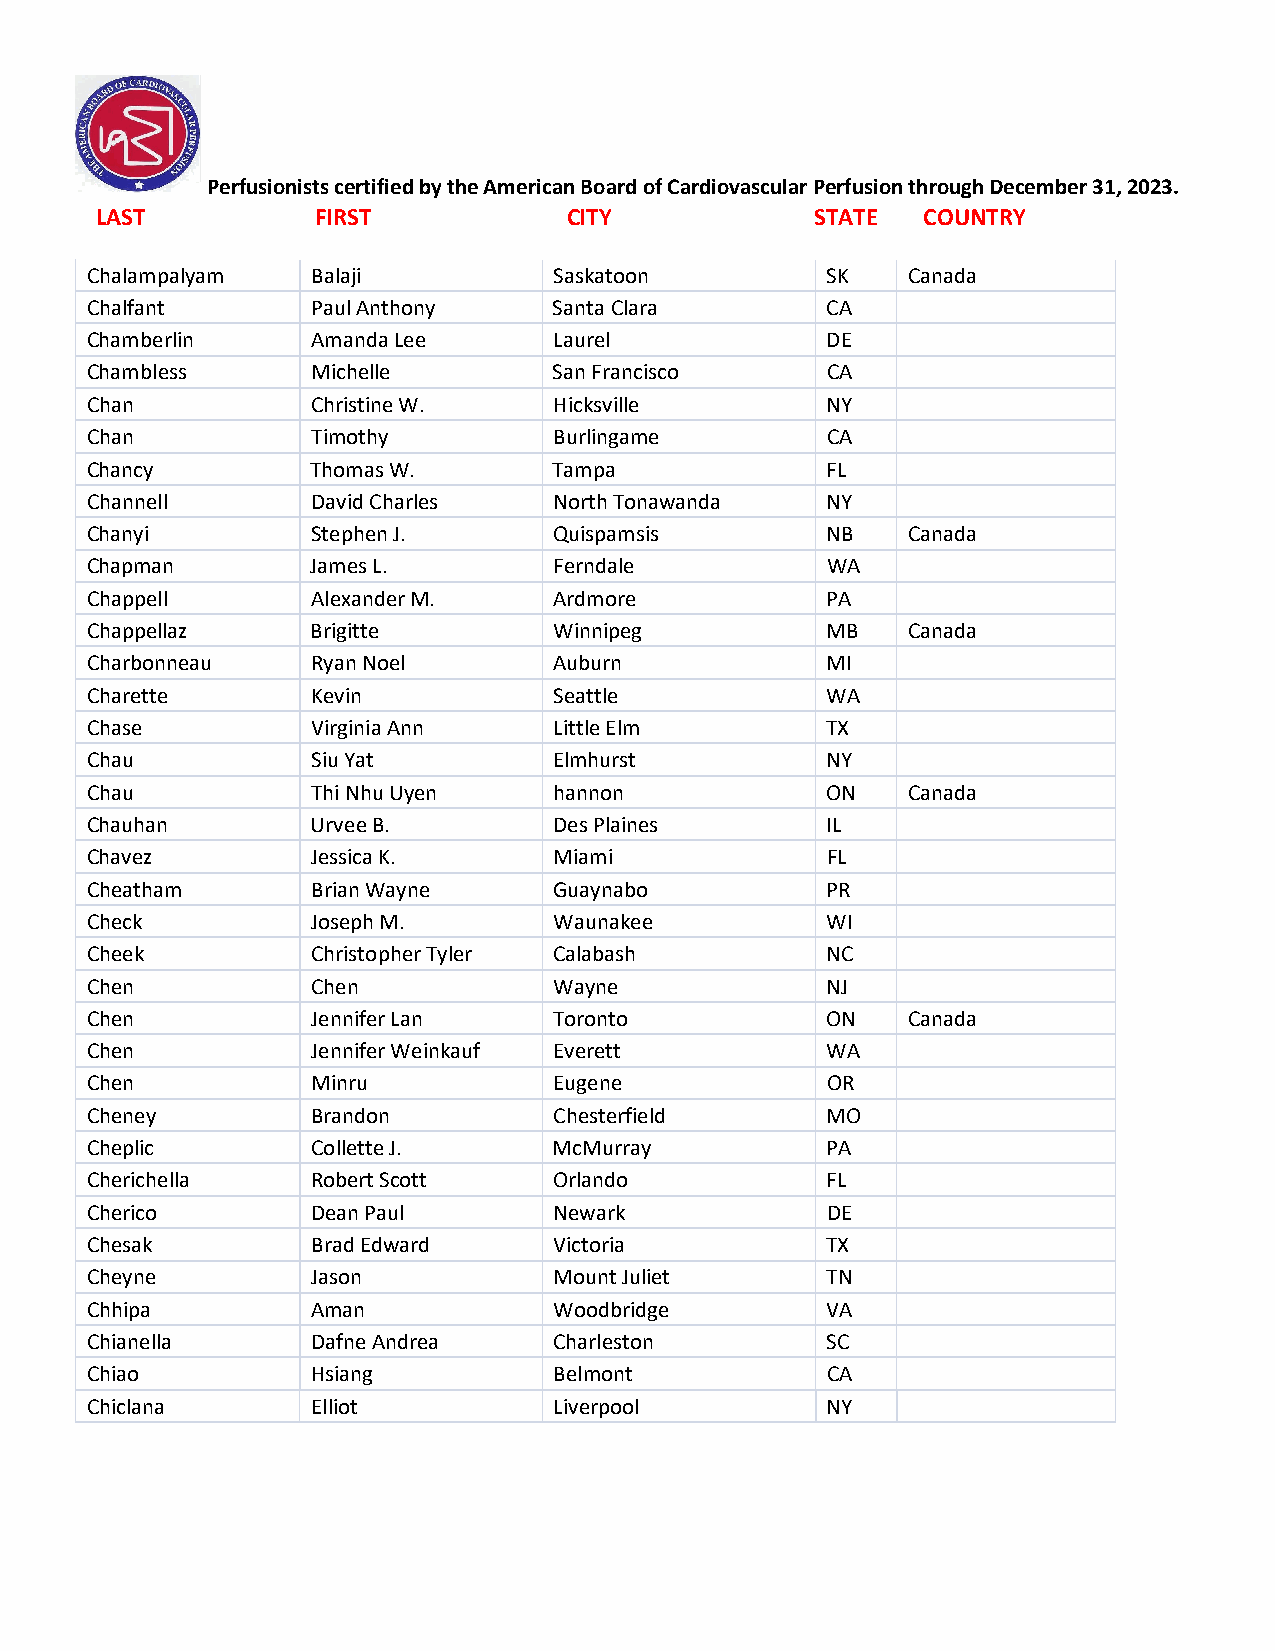
Perfusionists certified by the American Board of Cardiovascular Perfusion through December 31, 2023.
 LAST           FIRST            CITY            STATE  COUNTRY
 Chalampalyam   Balaji          Saskatoon         SK   Canada
 Chalfant       Paul Anthony    Santa Clara       CA
 Chamberlin     Amanda Lee      Laurel            DE
 Chambless      Michelle        San Francisco     CA
 Chan           Christine W.    Hicksville        NY
 Chan           Timothy         Burlingame        CA
 Chancy         Thomas W.       Tampa             FL
 Channell       David Charles   North Tonawanda   NY
 Chanyi         Stephen J.      Quispamsis        NB   Canada
 Chapman        James L.        Ferndale          WA
 Chappell       Alexander M.    Ardmore           PA
 Chappellaz     Brigitte        Winnipeg          MB   Canada
 Charbonneau    Ryan Noel       Auburn            MI
 Charette       Kevin           Seattle           WA
 Chase          Virginia Ann    Little Elm        TX
 Chau           Siu Yat         Elmhurst          NY
 Chau           Thi Nhu Uyen    hannon            ON   Canada
 Chauhan        Urvee B.        Des Plaines       IL
 Chavez         Jessica K.      Miami             FL
 Cheatham       Brian Wayne     Guaynabo          PR
 Check          Joseph M.       Waunakee          WI
 Cheek          Christopher Tyler Calabash        NC
 Chen           Chen            Wayne             NJ
 Chen           Jennifer Lan    Toronto           ON   Canada
 Chen           Jennifer Weinkauf Everett         WA
 Chen           Minru           Eugene            OR
 Cheney         Brandon         Chesterfield      MO
 Cheplic        Collette J.     McMurray          PA
 Cherichella    Robert Scott    Orlando           FL
 Cherico        Dean Paul       Newark            DE
 Chesak         Brad Edward     Victoria          TX
 Cheyne         Jason           Mount Juliet      TN
 Chhipa         Aman            Woodbridge        VA
 Chianella      Dafne Andrea    Charleston        SC
 Chiao          Hsiang          Belmont           CA
 Chiclana       Elliot          Liverpool         NY